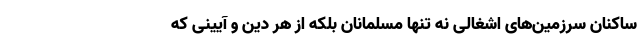
ساکنان سرزمین‌های اشغالی نه تنها مسلمانان بلکه از هر دین و آیینی که